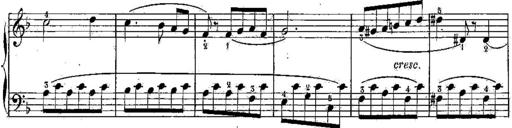
Title: 6 Sonatines
Composer: Albert Lavignac
Key: C major
 G major
 D major
 A minor
 F major
 B-flat major